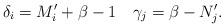
LaTeX: \begin{align*}\delta_i = M'_i + \beta - 1 \quad\gamma_j = \beta - N'_j.\end{align*}